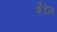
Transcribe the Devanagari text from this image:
शैटेल